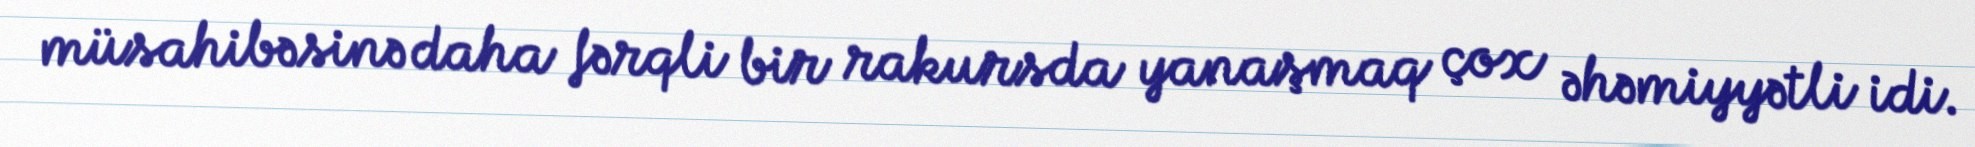
müsahibəsinə daha fərqli bir rakursda yanaşmaq çox əhəmiyyətli idi.